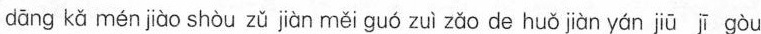
αng kǚ ménjiào snòu 2ǔ jǜn mǔi guó zui zǚo de huǒ jiàn γàn jū īgòu